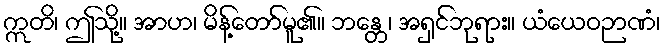
ဣတိ၊ ဤသို့။ အာဟ၊ မိန့်တော်မူ၏။ ဘန္တေ၊ အရှင်ဘုရား။ ယံယေဝဉာဏံ၊